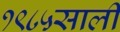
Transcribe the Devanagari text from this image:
१९८५साली